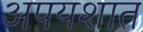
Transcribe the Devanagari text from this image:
अपयशात